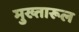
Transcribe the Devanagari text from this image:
मुख्तारूल